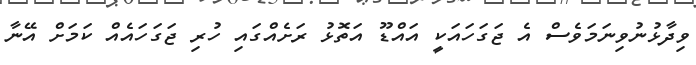
ވިދާޅުނުވިނަމަވެސް އެ ޖަގަހައަކީ އައްޑޫ އަތޮޅު ރަށެއްގައި ހުރި ޖަގަހައެއް ކަމަށް އޭނާ